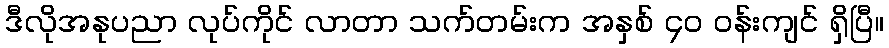
ဒီလိုအနုပညာ လုပ်ကိုင် လာတာ သက်တမ်းက အနှစ် ၄ဝ ဝန်းကျင် ရှိပြီ။